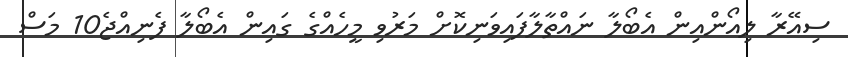
ސިއޭރާ ލިއޯންއިން އެބޯލާ ނައްތާލާފައިވަނިކޮށް މަރުވި މީހެއްގެ ގައިން އެބޯލާ ފެނިއްޖެ10 މަސް